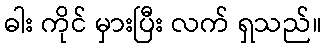
ဓါး ကိုင် မှားပြီး လက် ရှသည်။